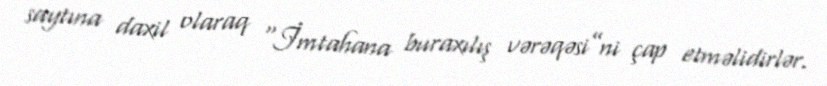
saytına daxil olaraq “İmtahana buraxılış vərəqəsi”ni çap etməlidirlər.